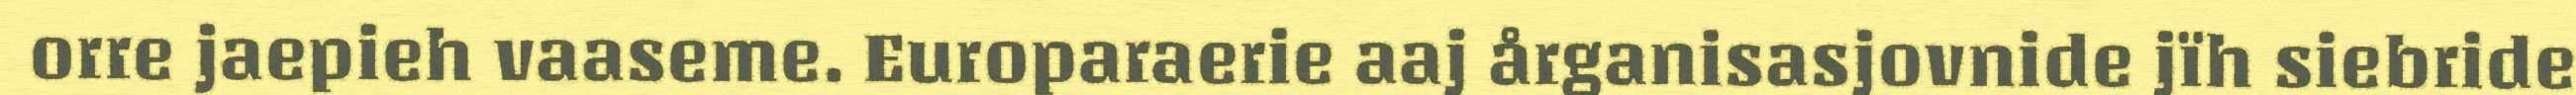
orre jaepieh vaaseme. Europaraerie aaj årganisasjovnide jïh siebride